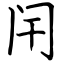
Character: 闬